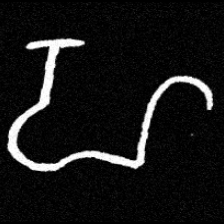
Pyu character \u2014 Myanmar letter: ဟ (romanized: ha)